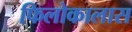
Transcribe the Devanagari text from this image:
फिलोकालास